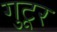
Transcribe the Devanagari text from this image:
गुटूर